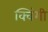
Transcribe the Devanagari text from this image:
क्विंगी